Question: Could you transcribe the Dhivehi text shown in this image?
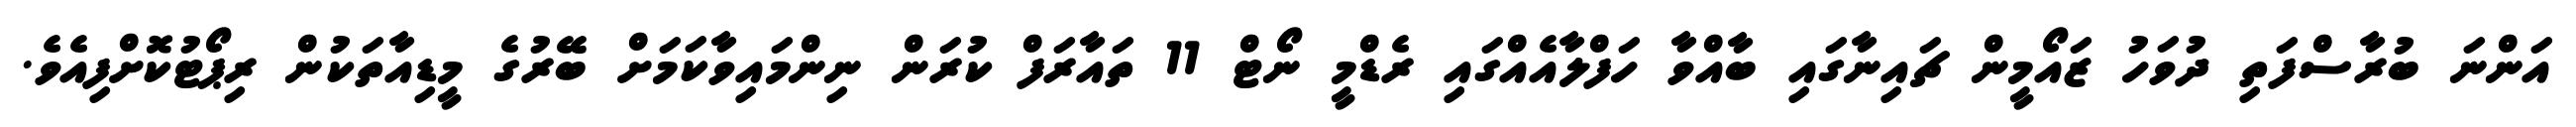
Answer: އަންނަ ބުރާސްފަތި ދުވަހު ޒައޯމީން ޗައިނާގައި ބާއްވާ ހަފްލާއެއްގައި ރެޑްމީ ނޯޓް 11 ތައާރަފް ކުރަން ނިންމައިވާކަމަށް ބޭރުގެ މީޑިއާތަކުން ރިޕޯޓުކޮށްފިއެވެ.